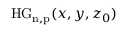
\mathrm { H G _ { n , p } } ( x , y , z _ { 0 } )